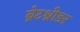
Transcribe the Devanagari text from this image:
ब्रेटश्नीडर